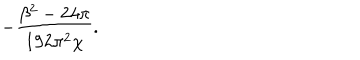
- \frac { \beta ^ { 2 } - 2 4 \pi } { 1 9 2 \pi ^ { 2 } \chi } .